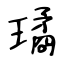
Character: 璚